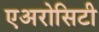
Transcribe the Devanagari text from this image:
एअरोसिटी